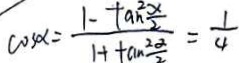
\cos \alpha = \frac { 1 - \tan ^ { 2 } \frac { \alpha } { 2 } } { 1 + \tan \frac { 2 \alpha } { 2 } } = \frac { 1 } { 4 }